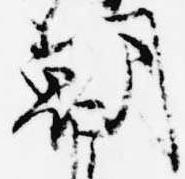
朝